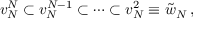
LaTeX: v _ { N } ^ { N } \subset v _ { N } ^ { N - 1 } \subset \cdots \subset v _ { N } ^ { 2 } \equiv { \tilde { w } } _ { N } \, ,